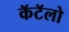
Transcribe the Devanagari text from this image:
कॅटॅलो